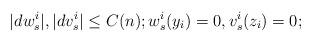
LaTeX: \begin{align*}|dw^i_s|, |dv^i_s|\leq C(n); w^i_s(y_i)= 0, v^i_s(z_i)=0;\end{align*}